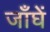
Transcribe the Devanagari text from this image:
जाँघें